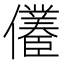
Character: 𱏠